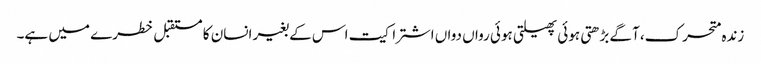
زندہ متحرک، آگے بڑھتی ہوئی پھیلتی ہوئی رواں دواں اشتراکیت اس کے بغیر انسان کا مستقبل خطرے میں ہے۔